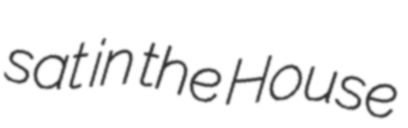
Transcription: sat in the House